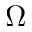
\boldsymbol { \Omega }